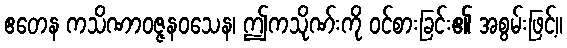
ဧတေန ကသိဏာဝဇ္ဇနဝသေန၊ ဤကသိုဏ်းကို ဝင်စားခြင်း၏ အစွမ်းဖြင့်။